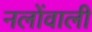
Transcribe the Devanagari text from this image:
नलोंवाली